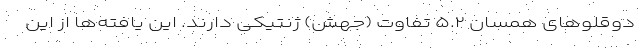
دوقلو‌های همسان ۵.۲ تفاوت (جهش) ژنتیکی دارند. این یافته‌ها از این